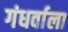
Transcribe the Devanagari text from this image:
गंधर्वाला